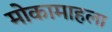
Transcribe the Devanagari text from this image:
मोकामाहला